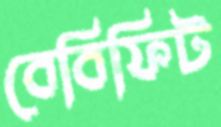
বেবিফিট